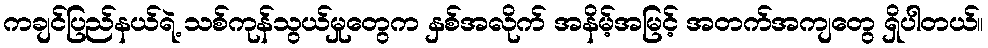
ကချင်ပြည်နယ်ရဲ့ သစ်ကုန်သွယ်မှုတွေက နှစ်အလိုက် အနိမ့်အမြင့် အတက်အကျတွေ ရှိပါတယ်။